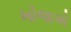
ખોજાએ